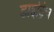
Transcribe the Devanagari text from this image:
डाइट्रिच